Report of the Indian Hemp Drugs Commission, 1894-1895 - Volume VI
Year: 1894
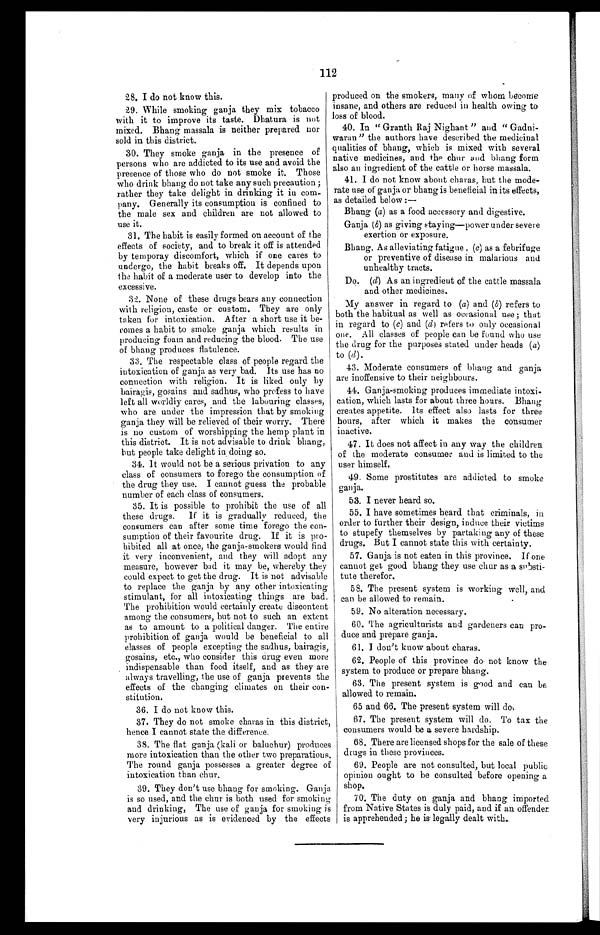
112
28. I do not know this.
29. While smoking ganja they mix tobacco
with it to improve its taste. Dhatura is not
mixed. Bhang massala is neither prepared nor
sold in this district.
30. They smoke ganja in the presence of
persons who are addicted to its use and avoid the
presence of those who do not smoke it. Those
who drink bhang do not take any such precaution;
rather they take delight in drinking it in com
-pany. Generally its consumption is confined to
the male sex and children are not allowed to
use it.
31. The habit is easily formed on account of the
effects of society, and to break it off is attended
by temporay discomfort, which if one cares to
undergo, the habit breaks off. It depends upon
the habit of a moderate user to develop into the
excessive.
32. None of these drugs bears any connection
with religion, caste or custom. They are only
taken for intoxication. After a short use it be
-comes a habit to smoke ganja which results in
producing foam and reducing the blood. The use
of bhang produces flatulence.
33. The respectable class of people regard the
intoxication of ganja as very bad. Its use has no
connection with religion. It is liked only by
bairagis, gosains and sadhus, who profess to have
left all worldly cares, and the labouring classes,
who are under the impression that by smoking
ganja they will be relieved of their worry. There
is no custom of worshipping the hemp plant in
this district. It is not advisable to drink bhang,
b u t p e o p l e t a k e d e l i g h t i n d o i n g s o .
34. It would not be a serious privation to any
class of consumers to forego the consumption of
the drug they use. I cannot guess the probable
number of each class of consumers.
35. It is possible to prohibit the use of all
these drugs. If it is gradually reduced, the
consumers can after some time forego the con
-sumption of their favourite drug. If it is pro
- h i b i t e d a l l a t o n c e , t h e g a n j a - s m o k e r s w o u l d f i n d
it very inconvenient, and they will adopt any
measure, however bad it may be, whereby they
could expect to get the drug. It is not advisable
to replace the ganja by any other intoxicating
stimulant, for all intoxicating things are bad.
The prohibition would certainly create discontent
among the consumers, but not to such an extent
as to amount to a political danger. The entire
prohibition of ganja would be beneficial to all
classes of people excepting the sadhus, bairagis,
gosains, etc., who consider this drug even more
indispensable than food itself, and as they are
always travelling, the use of ganja prevents the
effects of the changing climates on their con
- s t i t u t i o n .
36. I do not know this.
37. They do not smoke charas in this district,
hence I cannot state the difference.
38. The flat ganja (kali or baluchur) produces
more intoxication than the other two preparations.
The round ganja possesses a greater degree of
intoxication than chur.
39. They don't use bhang for smoking. Ganja
is so used, and the chur is both used for smoking
and drinking, The use of ganja for smoking is
very injurious as is evidenced by the effects
produced on the smokers, many of whom become
insane, and others are reduced in health owing to
loss of blood.
40. In "Granth Raj Nighant" and "Gadni
- w a r a n " t h e a u t h o r s h a v e d e s c r i b e d t h e m e d i c i n a l
qualities of bhang, which is mixed with several
native medicines, and the chur and bhang form
also an ingredient of the cattle or horse massala.
41. I do not know about charas, but the mode
- r a t e u s e o f g a n j a o r b h a n g i s b e n e f i c i a l i n i t s e f f e c t s ,
as detailed below:
—
Bhang (a) a s a f o o d a c c e s s o r y a n d d i g e s t i v e .
Ganja ( b) as giving staying—power under severe
exertion or exposure.
Bhang. As alleviating fatigue, ( c) as a febrifuge
or preventive of disease in malarious and
unhealthy tracts.
Do. (d) As an ingredient of the cattle massala
and other medicines.
My answer in regard to (a) and (b) refers to
both the habitual as well as occasional use; that
in regard to ( c) and (d) r e f e r s t o o n l y o c c a s i o n a l
one. All classes of people can be found who use
the drug for the purposes stated under heads ( a)
to (d).
43. Moderate consumers of bhang and ganja
are inoffensive to their neighbours.
44. Ganja-smoking produces immediate intoxi
- c a t i o n , w h i c h l a s t s f o r a b o u t t h r e e h o u r s . B h a n g
creates appetite. Its effect also lasts for three
hours, after which it makes the consumer
inactive.
47. It does not affect in any way the children
of the moderate consumer and is limited to the
user himself.
49. Some prostitutes are addicted to smoke
ganja.
53. I never heard so.
55. I have sometimes heard that criminals, in
order to further their design, induce their victims
to stupefy themselves by partaking any of these
drugs. But I cannot state this with certainty.
57. Ganja is not eaten in this province. If one
cannot get good bhang they use chur as a
s u b s t i - t u t e t h e r e f o r .
58. The present system is working well, and
can be allowed to remain.
59. No alteration necessary.
60. The agriculturists and gardeners can pro
-duce and prepare ganja.
61. I don't know about charas.
62. People of this province do not know the
system to produce or prepare bhang.
63. The present system is good and can be
allowed to remain.
65 and 66. The present system will do.
67. The present system will do. To tax the
consumers would be a severe hardship.
68. There are licensed shops for the sale of these
drugs in these provinces.
69. People are not consulted, but local public
opinion ought to be consulted before opening a
shop.
70. The duty on ganja and bhang imported
from Native States is duly paid, and if an offender
is apprehended; he is legally dealt with.